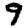
Digit: 9